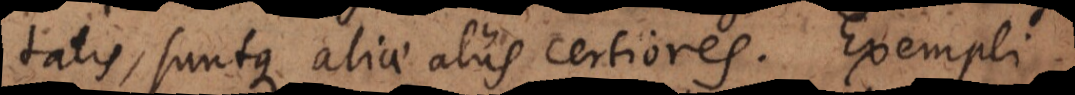
tatis, suntque aliae aliis certiores. Exempli